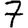
Digit: 7